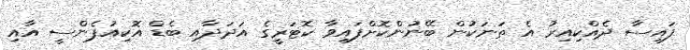
ފައިސާ ދެއްކިއިރު އެ ތަނަކުން ބޭނުންކޮށްފައިވާ ކޮޓަރީގެ އަދަދާއި ބެޑް އޮކިއުޕެންސީ އާއި